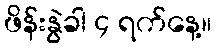
ဖိန်းနွဲခါ ၄ ရက်နေ့။